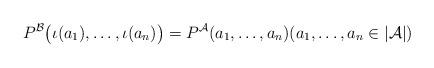
LaTeX: \begin{align*}P^\mathcal{B}\bigl(\iota(a_1), \dots, \iota(a_n)\bigr) = P^\mathcal{A}(a_1, \dots, a_n) (a_1, \dots, a_n \in |\mathcal{A}|)\end{align*}